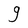
Character: g